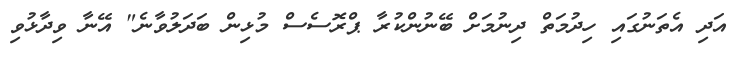
އަދި އެތަނުގައި ހިދުމަތް ދިނުމަށް ބޭނުންކުރާ ޕްރޮސެސް މުޅިން ބަދަލުވާނެ" އޭނާ ވިދާޅުވި